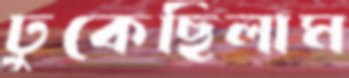
ঢুকেছিলাম